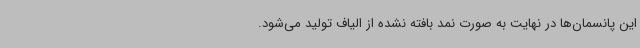
این پانسمان‌ها در نهایت به صورت نمد بافته نشده از الیاف تولید می‌شود.